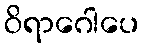
ဝိရာဂေါပေ